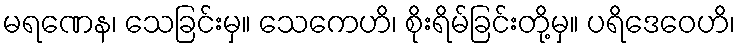
မရဏေန၊ သေခြင်းမှ။ သေကေဟိ၊ စိုးရိမ်ခြင်းတို့မှ။ ပရိဒေဝေဟိ၊